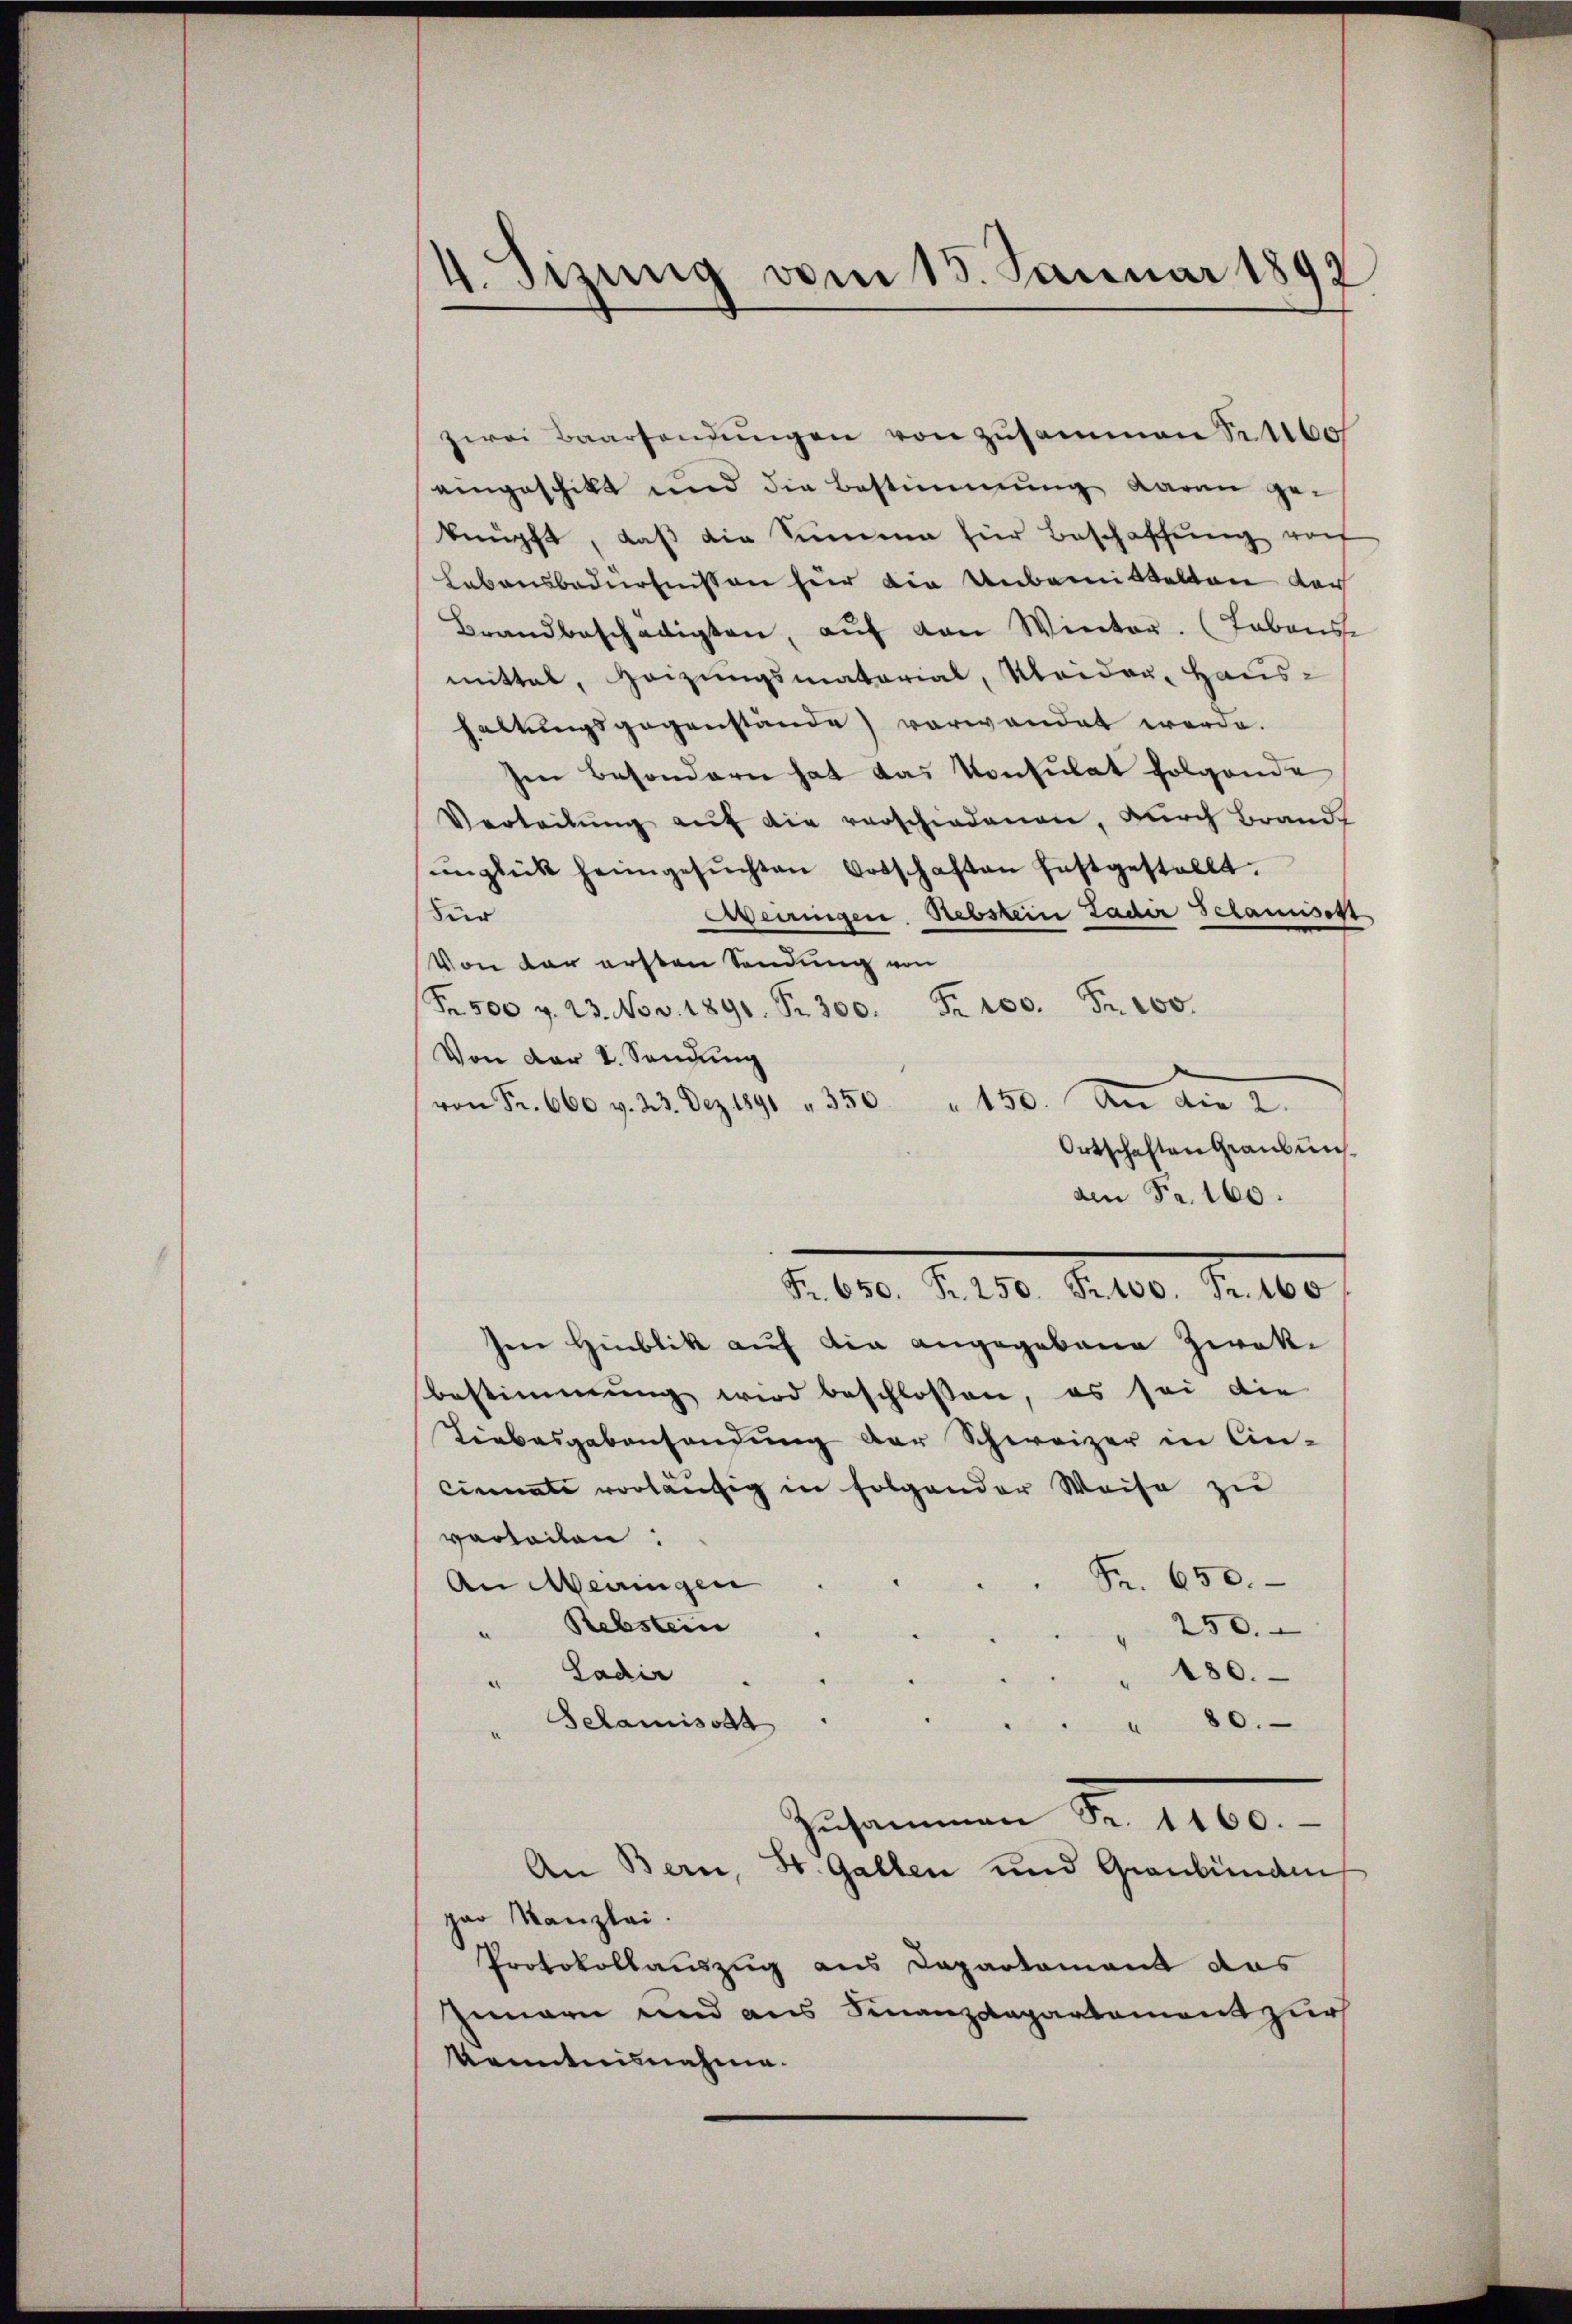
4. Sizung vom 15. Januar 1892

zwei Baarsendŭngen von zusammen S. 1160
eingeschikt und die Bestimmung daran geknüpft, daβ die Summe für Beschaffŭng vo
Lebensbedürfnissen für die Unbemittelten der
Brandbeschädigten, aŭf von Winter. (Tabonse
mittel, Heizungsmatarial, Maidau, Haus-
haltungsgegenstande) verwendet werde.
sen besondern hat das Konsulat folgende
Verteilŭng aŭf die verschiedenen, durch Brandt
ŭnglück heimgesŭchten Vorschaften festgestellt.
Weiringen Rebstein Lader Schaniser
Für
Von der ersten Sendung von
Fr. 500 v. 23. Nov. 1891 Fr. 300. Fr. 100. Fr. 100.
Von der V. Sendung
von Fr. 660 v. 23. Dez. 1891 " 350 " 150. An die 2.
Ortschaften Graubünsden Fr. 160.
en Hinblik auf die angegebene Zwekbestimmung wird beschlossen, es sei die
Liebesgabensendung der Schweizer in Ein-
Cinnate vorläufig in Folgender Weise zu
verteilen:
Fr. 650.
An Meringen
" Rebstein
250.
" Ladir
" 180.
Sclamisott
" " 80.
Zusammen Nr. 1100.
An Bern, St. Gallen und Graubünden
par Kanzlei.
Protokollauszug aus Dapartament das
Innern und aus Finanzdepartement zur
kenntnisnahme.

N. O. S. 130. Aber 1. 160.